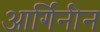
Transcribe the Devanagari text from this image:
आर्गिनीन